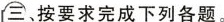
三、按要求完成下列各题.